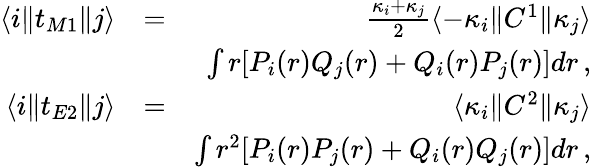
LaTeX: \begin{array}{rlr}{\langle i\| t_{M1}\| j\rangle}&{=}&{\frac{\kappa_{i}+\kappa_{j}}{2}\langle-\kappa_{i}\| C^{1}\| \kappa_{j}\rangle}\\ &{}&{\int r[P_{i}(r)Q_{j}(r)+Q_{i}(r)P_{j}(r)]dr\, ,}\\ {\langle i\| t_{E2}\| j\rangle}&{=}&{\langle\kappa_{i}\| C^{2}\| \kappa_{j}\rangle}\\ &{}&{\int r^{2}[P_{i}(r)P_{j}(r)+Q_{i}(r)Q_{j}(r)]dr\, ,}\end{array}